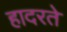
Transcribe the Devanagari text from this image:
हादरते